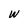
Character: W